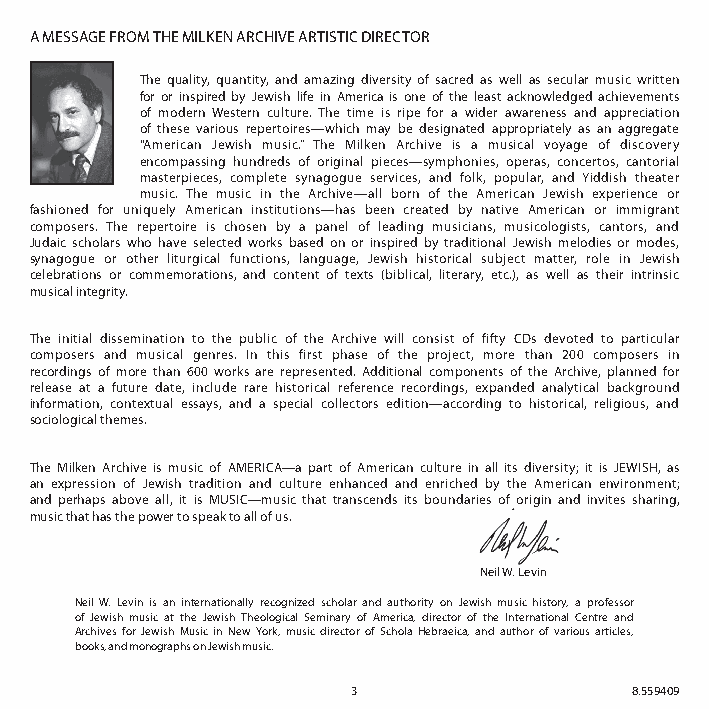
A MESSAGE FROM THE MILKEN ARCHIVE ARTISTIC DIRECTOR
 The quality, quantity, and amazing diversity of sacred as well as secular music written
 for or inspired by Jewish life in America is one of the least acknowledged achievements
 of modern Western culture. The time is ripe for a wider awareness and appreciation
 of these various repertoires—which may be designated appropriately as an aggregate
 “American Jewish music.” The Milken Archive is a musical voyage of discovery
 encompassing hundreds of original pieces—symphonies, operas, concertos, cantorial
 masterpieces, complete synagogue services, and folk, popular, and Yiddish theater
 music. The music in the Archive—all born of the American Jewish experience or
 fashioned for uniquely American institutions—has been created by native American or immigrant
 composers. The repertoire is chosen by a panel of leading musicians, musicologists, cantors, and
 Judaic scholars who have selected works based on or inspired by traditional Jewish melodies or modes,
 synagogue or other liturgical functions, language, Jewish historical subject matter, role in Jewish
 celebrations or commemorations, and content of texts (biblical, literary, etc.), as well as their intrinsic
 musical integrity.
 The initial dissemination to the public of the Archive will consist of fifty CDs devoted to particular
 composers and musical genres. In this first phase of the project, more than 200 composers in
 recordings of more than 600 works are represented. Additional components of the Archive, planned for
 release at a future date, include rare historical reference recordings, expanded analytical background
 information, contextual essays, and a special collectors edition—according to historical, religious, and
 sociological themes.
 The Milken Archive is music of AMERICA—a part of American culture in all its diversity; it is JEWISH, as
 an expression of Jewish tradition and culture enhanced and enriched by the American environment;
 and perhaps above all, it is MUSIC—music that transcends its boundaries of origin and invites sharing,
 music that has the power to speak to all of us.
 Neil W. Levin
 Neil W. Levin is an internationally recognized scholar and authority on Jewish music history, a professor
 of Jewish music at the Jewish Theological Seminary of America, director of the International Centre and
 Archives for Jewish Music in New York, music director of Schola Hebraeica, and author of various articles,
 books, and monographs on Jewish music.
 3                  8.559409